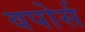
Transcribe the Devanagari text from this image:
वपोर्स